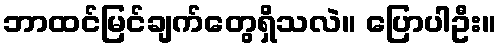
ဘာထင်မြင်ချက်တွေရှိသလဲ။ ပြောပါဦး။